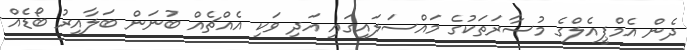
ދެން އެމްޕީއެލްގެ މުސާރަތަކުގެ މައްސަލައިގައި އަދި ވަކި އެއްޗެއް ބުނަން ބަލާއިރު ބޯޑެއް